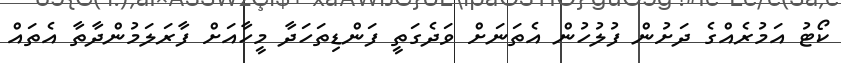
ކޯޓު އަމުރެއްގެ ދަށުން ފުލުހުން އެތަނަށް ވަދެގަތީ ފަންޑިތަހަދާ މީހާއަށް ފާރަލަމުންދާތާ އެތައް